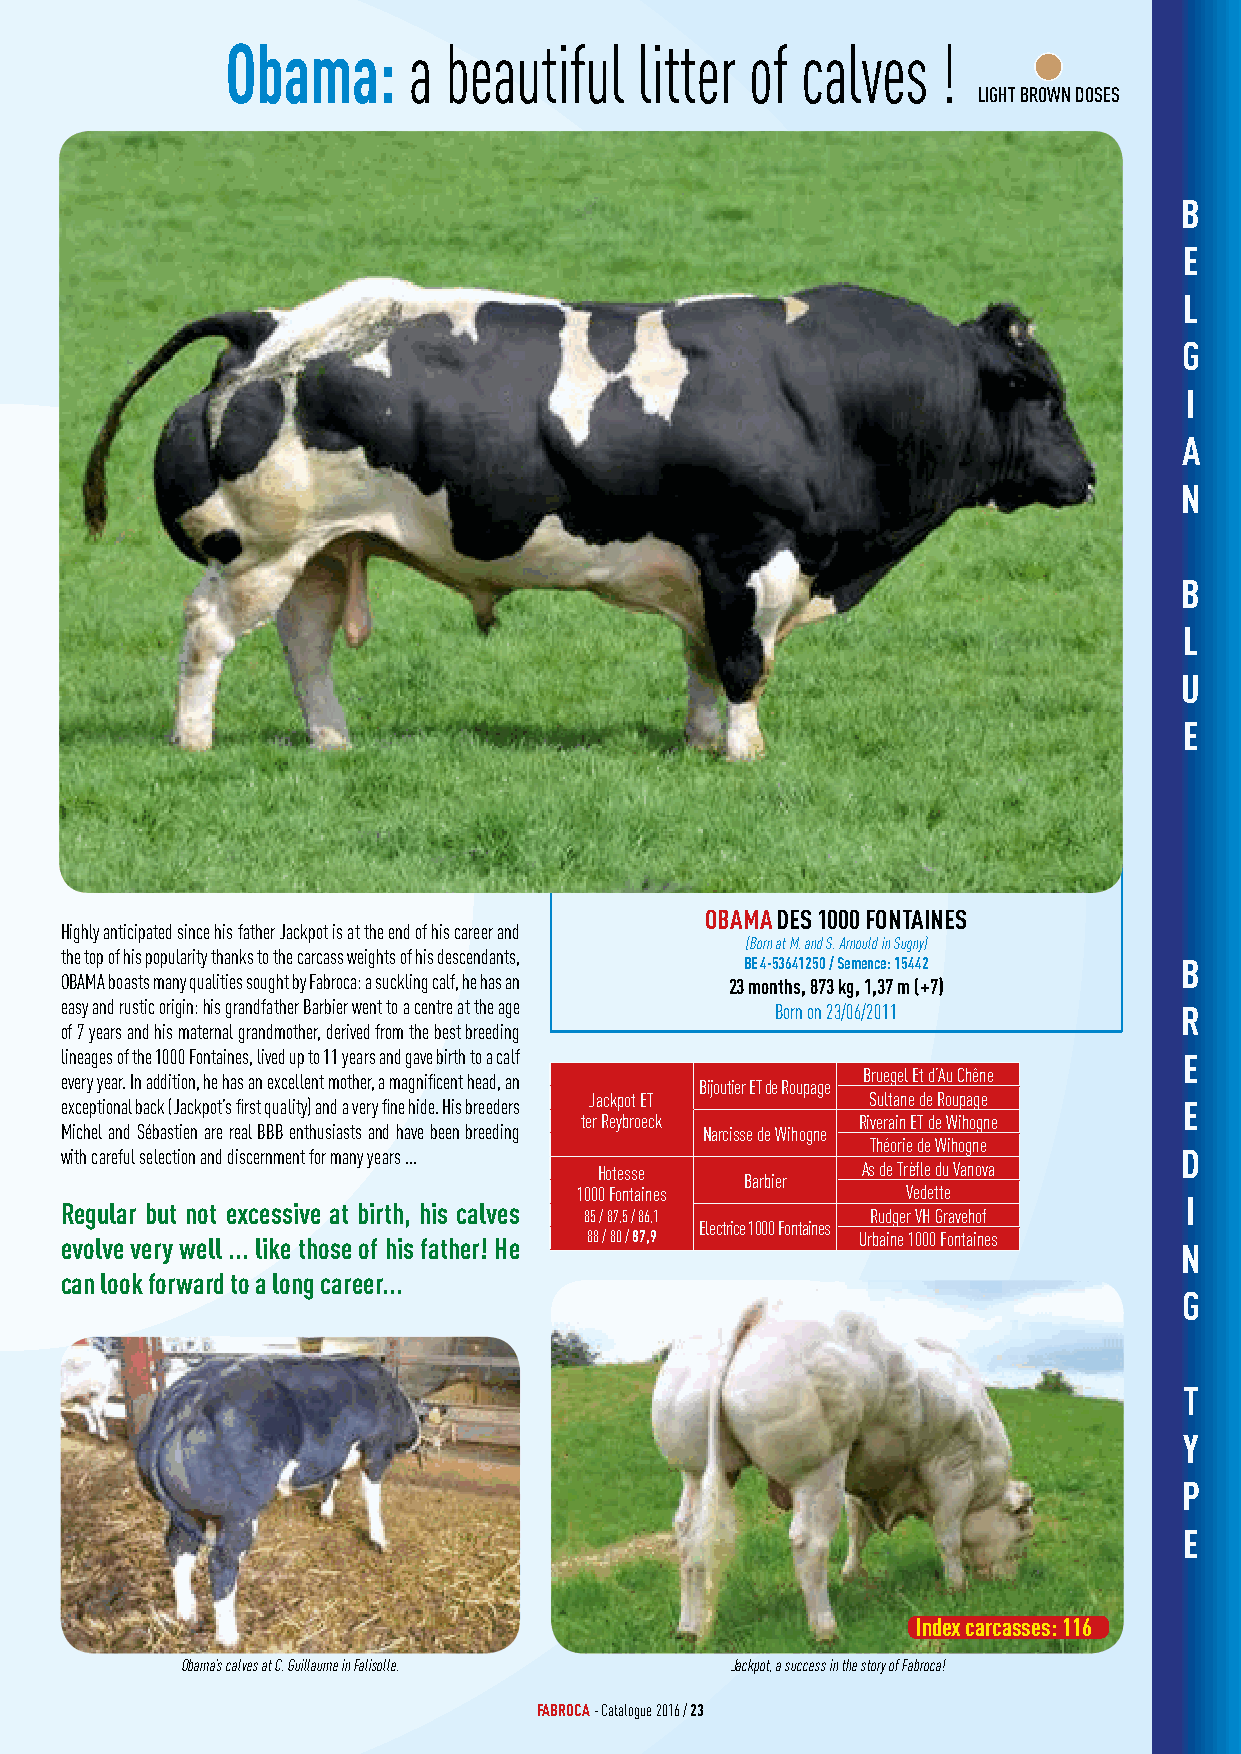
Obama:      a beautiful    litter  of calves   !
 LIGHT BROWN DOSES
 B
 E
 L
 G
 I
 A
 N
 B
 L
 U
 E
 OBAMA DES 1000 FONTAINES
 Highly anticipated since his father Jackpot is at the end of his career and
 (Born at M. and S. Arnould in Sugny)
 the top of his popularity thanks to the carcass weights of his descendants,
 BE 4-53641250 / Semence: 15442 B
 OBAMA boasts many qualities sought by Fabroca: a suckling calf, he has an 23 months, 873 kg, 1,37 m (+7)
 easy and rustic origin: his grandfather Barbier went to a centre at the age Born on 23/06/2011 R
 of 7 years and his maternal grandmother, derived from the best breeding
 lineages of the 1000 Fontaines, lived up to 11 years and gave birth to a calf E
 every year. In addition, he has an excellent mother, a magnificent head, an Bijoutier ET de Roupage Bruegel Et d’Au Chêne
 Jackpot ET         Sultane de Roupage
 exceptional back (Jackpot’s first quality) and a very fine hide. His breeders E
 ter Reybroeck      Riverain ET de Wihogne
 Michel and Sébastien are real BBB enthusiasts and have been breeding Narcisse de Wihogne
 Théorie de Wihogne
 with careful selection and discernment for many years ...                 D
 Hotesse          As de Trèfle du Vanova
 Barbier
 1000 Fontaines        Vedette
 I
 Regular but not excessive at birth, his calves
 85 / 87,5 / 86,1   Rudger VH Gravehof
 Electrice 1000 Fontaines
 evolve very well ... like those of his father! He 88 / 80 / 87,9 Urbaine 1000 Fontaines N
 can look forward to a long career...
 G
 T
 Y
 P
 E
 Index carcasses: 116
 Obama’s calves at C. Guillaume in Falisolle. Jackpot, a success in the story of Fabroca!
 FABROCA - Catalogue 2016 / 23